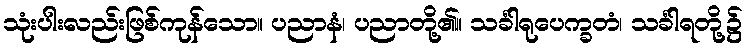
သုံးပါးလည်းဖြစ်ကုန်သော။ ပညာနံ၊ ပညာတို့၏။ သင်္ခါရုပေက္ခတံ၊ သင်္ခါရတို့၌